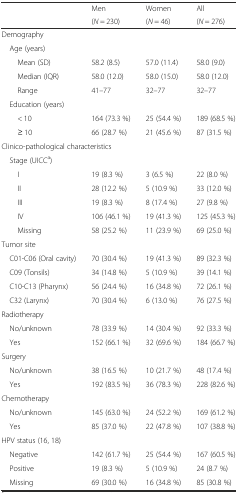
<table><thead><tr><td rowspan="2"></td><td><b>Men</b></td><td><b>Women</b></td><td><b>All</b></td></tr><tr><td><b>(<i>N</i> = 230)</b></td><td><b>(<i>N</i> = 46)</b></td><td><b>(<i>N</i> = 276)</b></td></tr></thead><tbody><tr><td colspan="4">Demography</td></tr><tr><td colspan="4"> Age (years)</td></tr><tr><td>Mean (SD)</td><td>58.2 (8.5)</td><td>57.0 (11.4)</td><td>58.0 (9.0)</td></tr><tr><td>Median (IQR)</td><td>58.0 (12.0)</td><td>58.0 (15.0)</td><td>58.0 (12.0)</td></tr><tr><td>Range</td><td>41–77</td><td>32–77</td><td>32–77</td></tr><tr><td colspan="4"> Education (years)</td></tr><tr><td>&lt; 10</td><td>164 (73.3 %)</td><td>25 (54.4 %)</td><td>189 (68.5 %)</td></tr><tr><td>≥ 10</td><td>66 (28.7 %)</td><td>21 (45.6 %)</td><td>87 (31.5 %)</td></tr><tr><td colspan="4">Clinico-pathological characteristics</td></tr><tr><td colspan="4"> Stage (UICC<sup>a</sup>)</td></tr><tr><td>I</td><td>19 (8.3 %)</td><td>3 (6.5 %)</td><td>22 (8.0 %)</td></tr><tr><td>II</td><td>28 (12.2 %)</td><td>5 (10.9 %)</td><td>33 (12.0 %)</td></tr><tr><td>III</td><td>19 (8.3 %)</td><td>8 (17.4 %)</td><td>27 (9.8 %)</td></tr><tr><td>IV</td><td>106 (46.1 %)</td><td>19 (41.3 %)</td><td>125 (45.3 %)</td></tr><tr><td>Missing</td><td>58 (25.2 %)</td><td>11 (23.9 %)</td><td>69 (25.0 %)</td></tr><tr><td colspan="4">Tumor site</td></tr><tr><td> C01-C06 (Oral cavity)</td><td>70 (30.4 %)</td><td>19 (41.3 %)</td><td>89 (32.3 %)</td></tr><tr><td> C09 (Tonsils)</td><td>34 (14.8 %)</td><td>5 (10.9 %)</td><td>39 (14.1 %)</td></tr><tr><td> C10-C13 (Pharynx)</td><td>56 (24.4 %)</td><td>16 (34.8 %)</td><td>72 (26.1 %)</td></tr><tr><td> C32 (Larynx)</td><td>70 (30.4 %)</td><td>6 (13.0 %)</td><td>76 (27.5 %)</td></tr><tr><td colspan="4">Radiotherapy</td></tr><tr><td> No/unknown</td><td>78 (33.9 %)</td><td>14 (30.4 %)</td><td>92 (33.3 %)</td></tr><tr><td> Yes</td><td>152 (66.1 %)</td><td>32 (69.6 %)</td><td>184 (66.7 %)</td></tr><tr><td>Surgery</td><td colspan="3"></td></tr><tr><td> No/unknown</td><td>38 (16.5 %)</td><td>10 (21.7 %)</td><td>48 (17.4 %)</td></tr><tr><td> Yes</td><td>192 (83.5 %)</td><td>36 (78.3 %)</td><td>228 (82.6 %)</td></tr><tr><td colspan="4">Chemotherapy</td></tr><tr><td> No/unknown</td><td>145 (63.0 %)</td><td>24 (52.2 %)</td><td>169 (61.2 %)</td></tr><tr><td> Yes</td><td>85 (37.0 %)</td><td>22 (47.8 %)</td><td>107 (38.8 %)</td></tr><tr><td colspan="4">HPV status (16, 18)</td></tr><tr><td> Negative</td><td>142 (61.7 %)</td><td>25 (54.4 %)</td><td>167 (60.5 %)</td></tr><tr><td> Positive</td><td>19 (8.3 %)</td><td>5 (10.9 %)</td><td>24 (8.7 %)</td></tr><tr><td> Missing</td><td>69 (30.0 %)</td><td>16 (34.8 %)</td><td>85 (30.8 %)</td></tr></tbody></table>